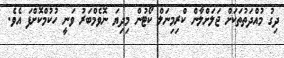
ދިގު މުއްދަތުތަކަށް ޖަލަށްލާން ކްރިމިނަލް ކޯޓުން މިދިޔަ ނޮވެމްބަރު ވަނީ ހުކުމްކޮށްފަ އެވެ.